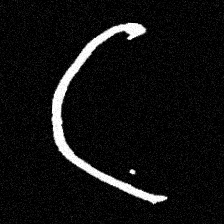
Pyu character \u2014 Myanmar letter: ဋ (romanized: tta)